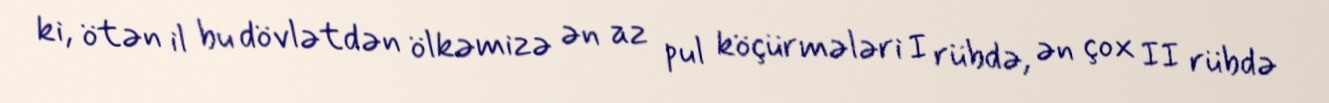
ki, ötən il bu dövlətdən ölkəmizə ən az pul köçürmələri I rübdə, ən çox II rübdə